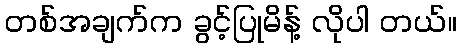
တစ်အချက်က ခွင့်ပြုမိန့် လိုပါ တယ်။